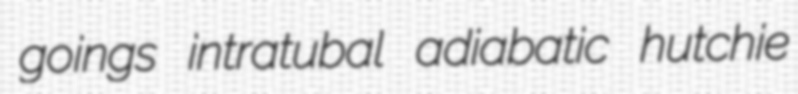
goings intratubal adiabatic hutchie